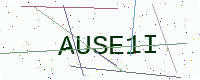
Text: AUSE1I